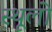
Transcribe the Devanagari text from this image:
स्थूलो